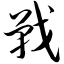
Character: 战